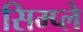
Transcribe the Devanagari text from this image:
सिम्प्ले